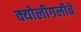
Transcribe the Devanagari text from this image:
क्योलीगलीचे